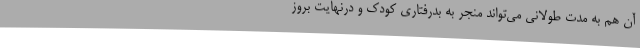
آن هم به مدت طولانی می‌تواند منجر به بدرفتاری کودک و درنهایت بروز